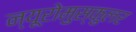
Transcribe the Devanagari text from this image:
न्यूरोमुस्कुलर